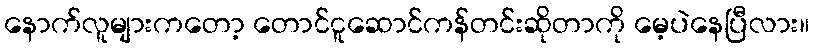
နောက်လူများကတော့ တောင်ငူဆောင်ကန်တင်းဆိုတာကို မေ့ပဲနေပြီလား။